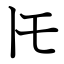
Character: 𪜈